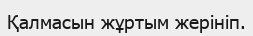
Қалмасын жұртым жерініп.